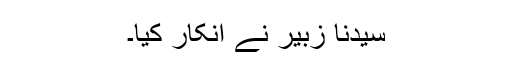
سیدنا زبیر نے انکار کیا۔